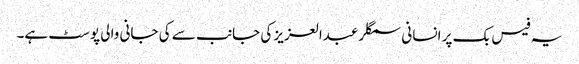
یہ فیس بک پر انسانی سمگلر عبدالعزیز کی جانب سے کی جانی والی پوسٹ ہے۔